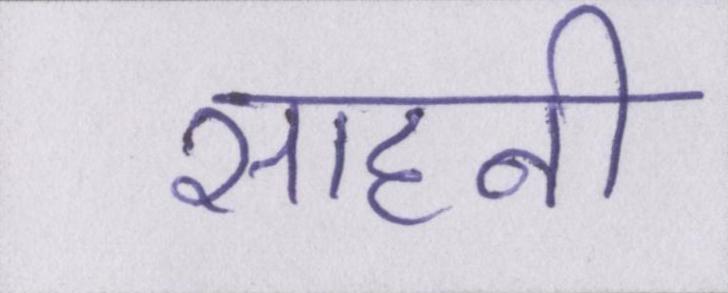
साहनी